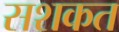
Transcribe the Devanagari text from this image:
सशकत